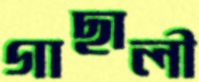
গাছালী